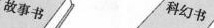
故事书科幻书